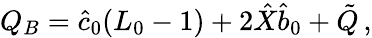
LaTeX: Q_{B}=\hat{c}_{0}(L_{0}-1)+2\hat{X}\hat{b}_{0}+\tilde{Q}\, ,